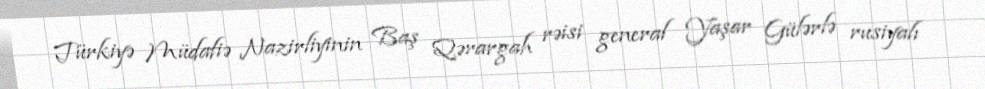
Türkiyə Müdafiə Nazirliyinin Baş Qərargah rəisi general Yaşar Gülərlə rusiyalı